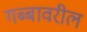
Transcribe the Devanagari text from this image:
गब्बावरील